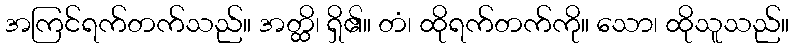
အကြင်ရက်တက်သည်။ အတ္ထိ၊ ရှိ၏။ တံ၊ ထိုရက်တက်ကို။ သော၊ ထိုသူသည်။